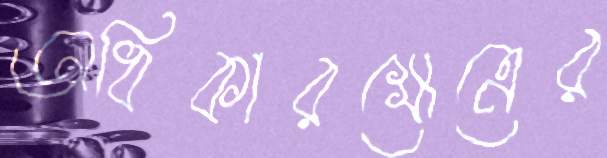
অধিকারক্ষেত্রের